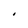
Character: i